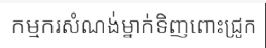
កម្មករសំណង់ម្នាក់ទិញពោះជ្រូក